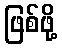
ဖြစ်ဖို့